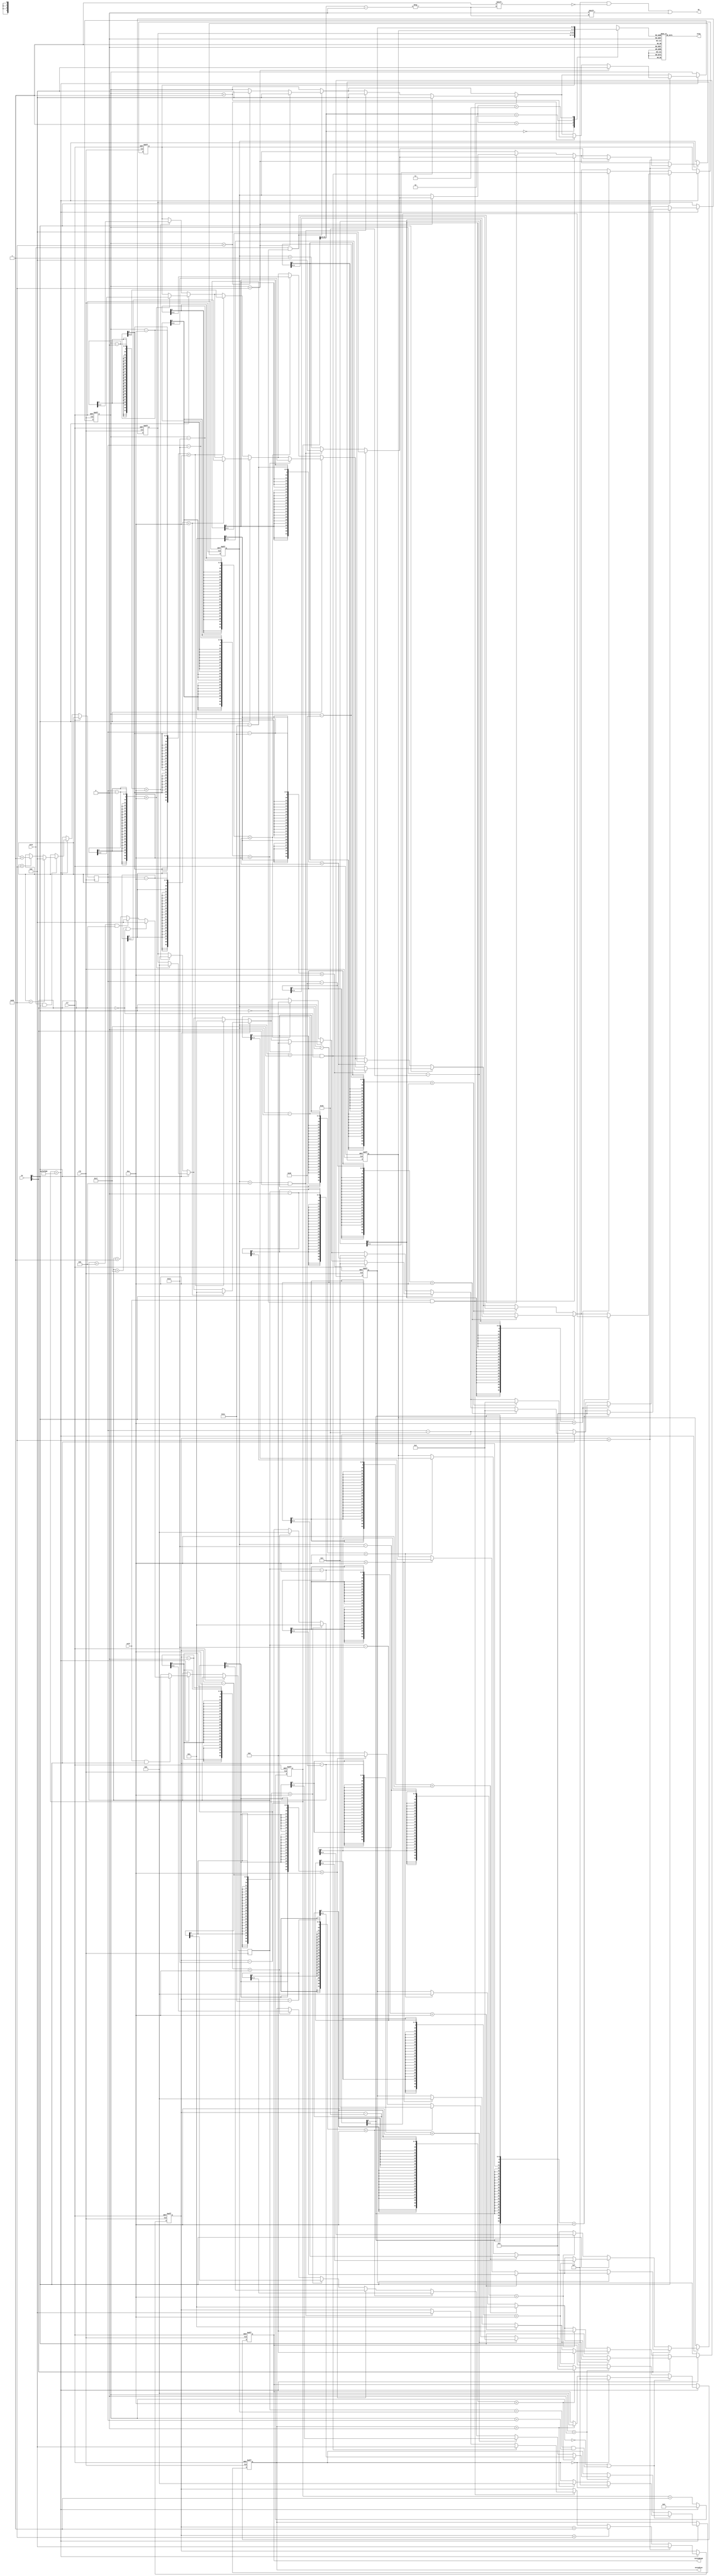
`timescale 1ns / 1ps
//////////////////////////////////////////////////////////////////////////////////
// Company: 
// Engineer: 
// 
// Design Name: 
// Module Name:    clock 
// Project Name: 
// Target Devices: 
// Tool versions: 
// Description: 
//
// Dependencies: 
//
// Revision: 
// Revision 0.01 - File Created
// Additional Comments: 
//
//////////////////////////////////////////////////////////////////////////////////
module clock(
input wire[0:1] sw,
input clk,
input clr,
input seth,	//
input setm,	//
//output
output reg[3:0] an,
output reg[6:0] atog,
output reg[3:0] secondLow,	//
output reg[3:0] secondHigh	//
);

reg [3:0] hourLow;	//
reg [3:0] hourHigh;	//
reg [3:0] minuteLow;//
reg [3:0] minuteHigh;//
reg [26:0] counter;	//
reg [7:0] hour;		//
reg [7:0] minute;	//
reg [7:0] hourc;	//
reg [7:0] minutec;	//
reg [7:0] second;	//
reg [3:0] digit;	//
reg [1:0] s;
integer i;			//


always@(posedge clk or posedge clr)
begin
if (clr == 1)
	begin
	counter <= 0;
	hourLow <= 0;
	hourHigh <=0;
	minuteLow <= 0;
	minuteHigh <= 0;
	secondLow <= 0;
	secondHigh <= 0;
	hour <= 0;
	minute <= 0;
	second <= 0;
	end
else if(counter == 50000000)
begin
	counter <= 0;
	
	if (setm == 1 && sw[1] == 0)	//
	begin
		if (minute == 59)
		begin
			minute <= 0;
			if (hour == 23 && sw[0] == 0)
			begin
			hour <= 0;
			end
			else if (hour == 11 && sw[0] == 1)
			begin
			hour <= 0;
			end
			else
			begin
			hour <= hour + 1;
			end
		end
		else if(minute < 59)
		begin
		minute <= minute + 1;
		end
	end
	
	if (setm == 1 && sw[1] == 1)	//
	begin
		if (minutec == 59)
		begin
		minutec <= 0;
		end
		else if (minutec < 59)
		begin
		minutec <= minutec + 1;
		end
	end
	
	if (seth ==1 && sw[1] == 0)	//
	begin
		if (hour == 23 && sw[0] == 0)
		begin
			hour <= 0;
			minute <= 0;
			second <= 0;
		end
		else if (hour == 11 && sw[0] == 1)
		begin
			hour <= 0;
			minute <= 0;
			second <= 0;
		end
		else
		begin
		hour <= hour + 1;
		end
	end
	
	if (seth == 1 && sw[1] == 1) //
	begin 
		if (hourc == 23 && sw[0] == 0)
		begin
		hourc <= 0;
		end
		else if (hourc == 11 && sw[0] == 1)
		begin
		hourc <= 0;
		end
		else
		begin
		hourc <= hourc + 1;
		end
	end
	
	// 
	if (second == 59)
	begin
		second <= 0;
		if (minute == 59)
		begin
			minute <= 0;
			if (hour == 23 && sw[0] == 0)
			begin
				hour <= 0;
				minute <= 0;
				second <= 0;
			end
			else if (hour == 11 && sw[0] == 1)
			begin
				hour <= 0;
				minute <= 0;
				second <= 0;
			end
			else
			begin
			hour <= hour + 1;
			end
		end
		else if (minute < 59)
		begin
		minute <= minute + 1;
		end	
	end
	else if(second < 59)
	begin
	second <= second + 1;
	end
	
	if (sw[0] == 0)
	begin
		if (sw[1] == 0)
		begin
			for (i=0; i<3; i=i+1)//
			begin
				if ((hour-i*10)<10)
				begin
					hourLow <= hour - i*10;
					hourHigh <= i;
					i = 3;
				end
			end
		end
		else if(sw[1] == 1)
		begin
			for (i=0; i<3; i=i+1)//
			begin
				if ((hourc-i*10)<10)
				begin
					hourLow <= hourc - i*10;
					hourHigh <= i;
					i = 3;
				end
			end		
		end
	end
	else if (sw[0] == 1)
	begin
		if (sw[1] == 0)
		begin
			for (i=0; i<2; i=i+1)//
			begin
				if ((hour-i*10)<10)
				begin
					hourLow <= hour - i*10;
					hourHigh <= i;
					i = 2;
				end
			end	
		end
		else if (sw[1] == 1)
		begin
			for (i=0; i<2; i=i+1)//
			begin
				if ((hourc-i*10)<10)
				begin
					hourLow <= hourc - i*10;
					hourHigh <= i;
					i = 2;
				end
			end	
		end
	end
	
	for (i=0; i<6; i=i+1)//
	begin
		if (sw[1] == 0)
		begin
			if((minute-i*10) < 10)
			begin
			minuteLow <= minute - i*10;
			minuteHigh <= i;
			i = 6;
			end
		end
		else if (sw[1] == 1)
		begin
			if((minutec-i*10) < 10)
			begin
			minuteLow <= minutec - i*10;
			minuteHigh <= i;
			i = 6;
			end
		end		
	end	
	
	if (minute == 0 || (hourc == hour && minute == minutec))
	begin
		if (secondLow == 0)
		begin
			secondLow <= 4'b1111;
			secondHigh <= 4'b1111;
		end
		else if (secondLow > 0)
		begin
			secondLow <= 4'b0000;
			secondHigh <= 4'b0000;
		end
	end
	else if (minute > 0)
	begin
	for(i=0; i<6; i=i+1)// 
	begin
		if((second-i*10)<10)
		begin
		secondLow <= second - i*10;
		secondHigh <= i;
		i = 6;
		end
	end
	end
end
else
begin
	counter <= counter+1;
end

end

always@(*)
begin
	an = 4'b1111;
	s<=counter[14:13];
	an[s]=0;
	case(s)
		0:digit<=minuteLow;
		1:digit<=minuteHigh;
		2:digit<=hourLow;
		3:digit<=hourHigh;
	endcase
	case(digit)
       0:atog=7'b0000001;  
       1:atog=7'b1001111;  
       2:atog=7'b0010010;       
       3:atog=7'b0000110;  
       4:atog=7'b1001100;  
       5:atog=7'b0100100;  
       6:atog=7'b0100000;  
       7:atog=7'b0001111;  
       8:atog=7'b0000000;  
       9:atog=7'b0000100;  
       default:atog=7'b0000001; 
	endcase
end

endmodule